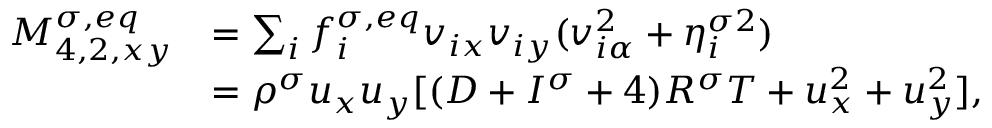
\begin{array} { r } { \begin{array} { r l } { M _ { 4 , 2 , x y } ^ { \sigma , e q } } & { = \sum _ { i } f _ { i } ^ { \sigma , e q } v _ { i x } v _ { i y } ( v _ { i \alpha } ^ { 2 } + \eta _ { i } ^ { \sigma 2 } ) } \\ & { = \rho ^ { \sigma } u _ { x } u _ { y } [ ( D + I ^ { \sigma } + 4 ) R ^ { \sigma } T + u _ { x } ^ { 2 } + u _ { y } ^ { 2 } ] , } \end{array} } \end{array}